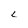
Character: L